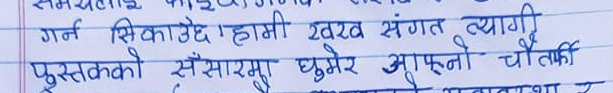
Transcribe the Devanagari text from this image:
गर्न सिकाउँछ।हामी खरब संगत त्यागी
पुस्तकको संसारमा घुमेर आफ्नो चौतर्फा